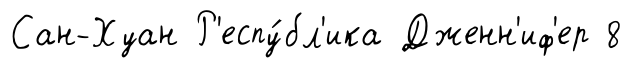
Сан-Хуан Р'еспу́бл'ика Дженн'иф'ер 8